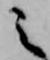
之